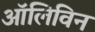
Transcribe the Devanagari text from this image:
ऑलिविन